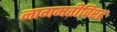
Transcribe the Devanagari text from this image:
नागमतीविरह